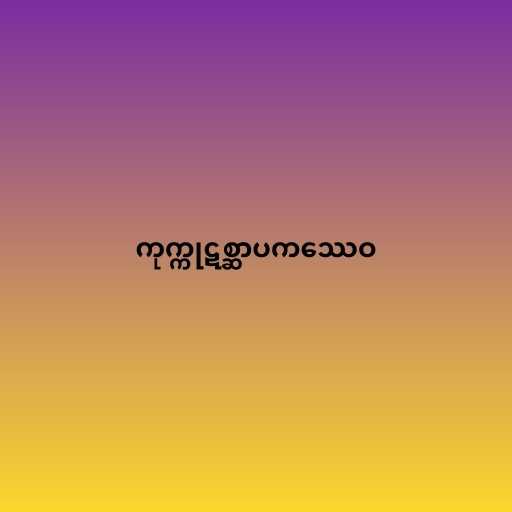
ကုက္ကုဋစ္ဆာပကဿေဝ